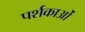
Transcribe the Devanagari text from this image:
पर्शकाओं